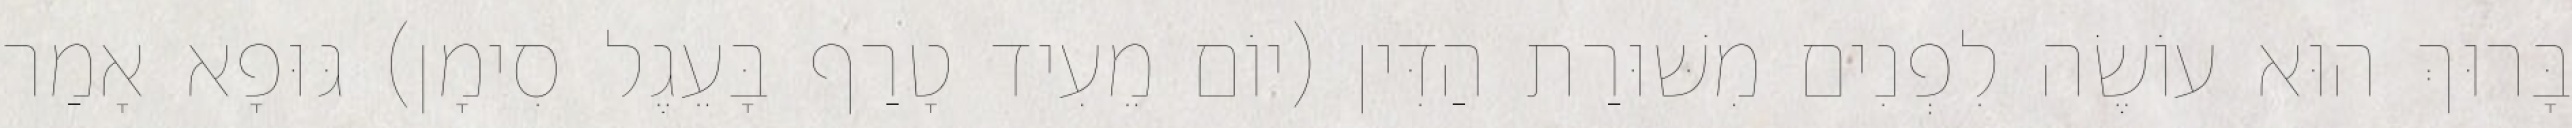
בָּרוּךְ הוּא עוֹשֶׂה לִפְנִים מִשּׁוּרַת הַדִּין (יוֹם מֵעִיד טָרַף בָּעֵגֶל סִימָן) גּוּפָא אָמַר